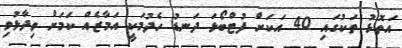
އަތޮޅު ތަކުގައި 40 އަކަށް ފުޓްބޯޅަ ދަނޑު ހެދުމަކީ އަމާޒެއް ކަމަށް ވިދާޅުވި